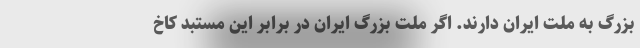
بزرگ به ملت ایران دارند. اگر ملت بزرگ ایران در برابر این مستبد کاخ